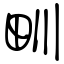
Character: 甽